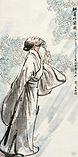
厚禄故人书断绝，恒饥稚子色凄凉。